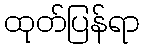
ထုတ်ပြန်ရာ